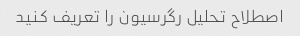
اصطلاح تحلیل رگرسیون را تعریف کنید